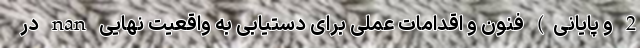
2 و پایانی) فنون و اقدامات عملی برای دستیابی به واقعیت نهایی nan در